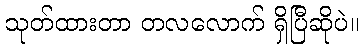
သုတ်ထားတာ တလလောက် ရှိပြီဆိုပဲ။